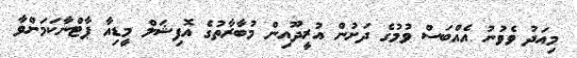
މިއަދު ވެވުނު އެއްބަސް ވުމުގެ ދަށުން އުރީދޫއިން މުބާރާތުގެ އޮފިޝަލް މީޑިއާ ޕާޓްނާކަމަށްވާ